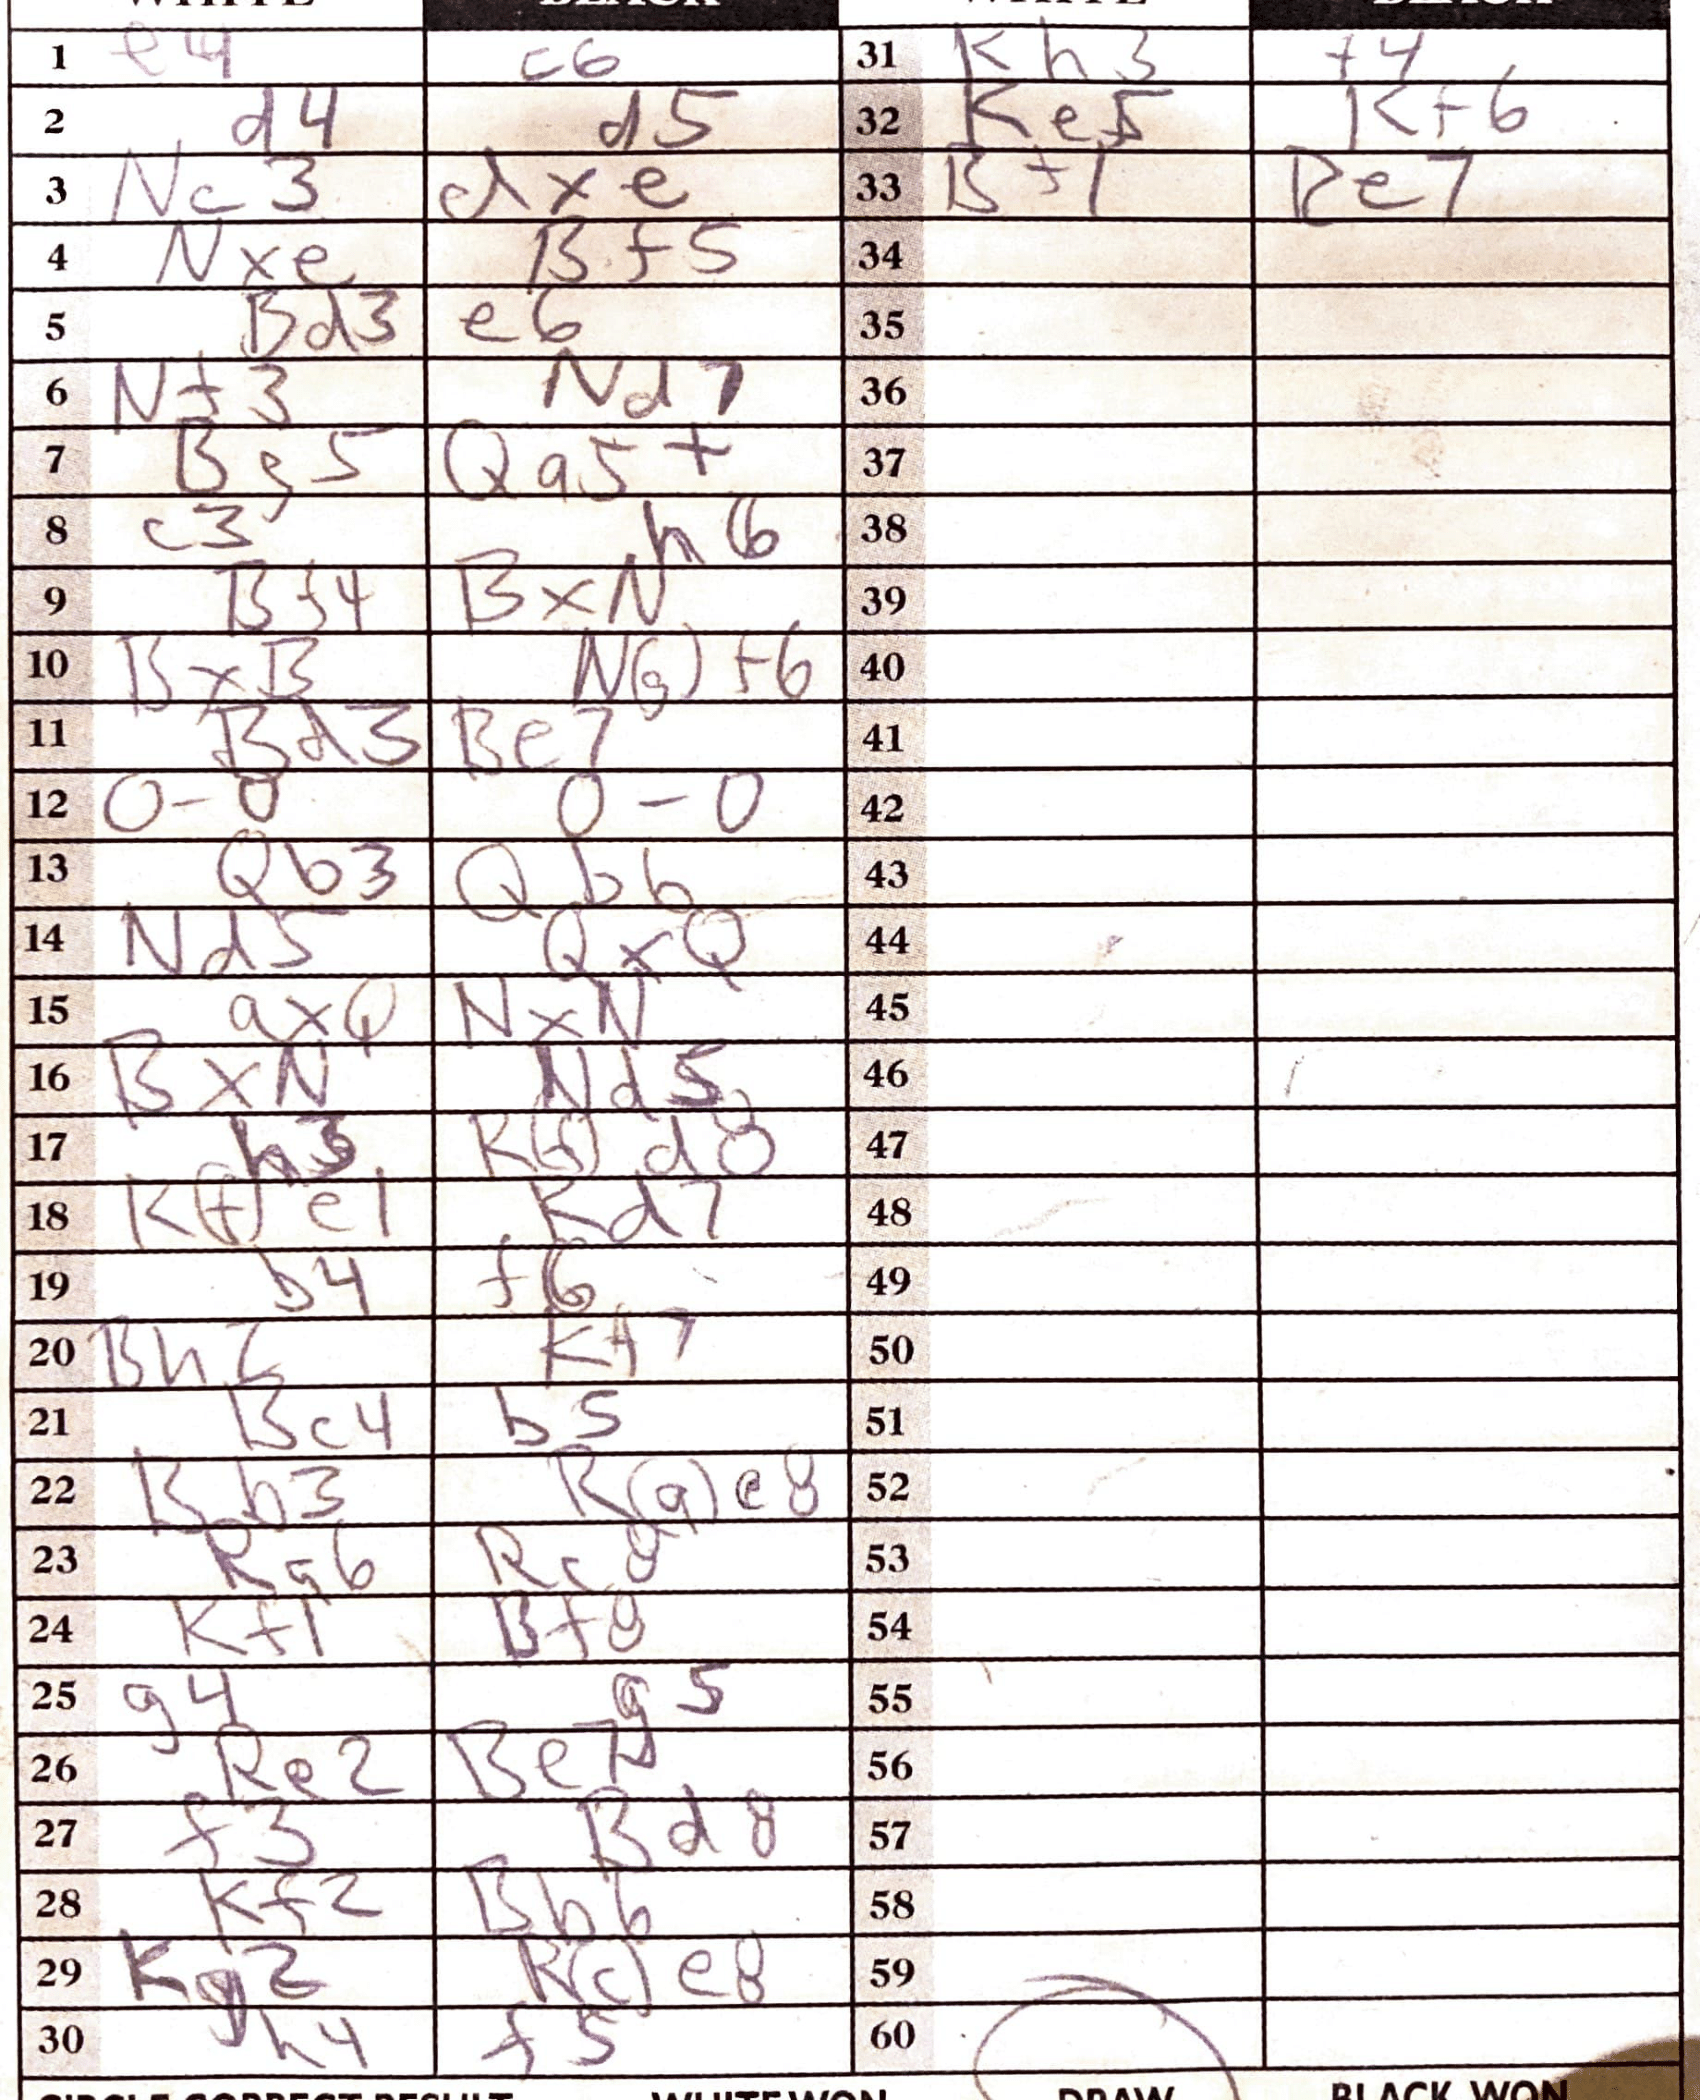
Moves: e4 c6 d4 d5 Nc3 dxe Nxe Bf5 Bd3 e6 Nf3 Nd7 Bg5 Qa5+ c3 h6 Bf4 BxN BxB Ng+6 Bd3 Be7 O-O O-O Qb3 Qb6 Nd5 QxQ axQ NxN BxN Nd5 h3 Rfd8 Kfe1 Rd7 b4 f6 Bhc Kf7 Bc4 b5 Bb3 Rgc8 Ra6 Rc8 Kf1 Bfg g4 g5 Re2 Be7 f3 Bd8 Kf2 Bb6 Kg2 Rce8 h4 f5 Kh3 f4 Ke5 Kf6 K+1 Re7